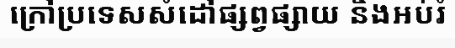
ក្រៅប្រទេសសំដៅផ្សព្វផ្សាយ និងអប់រំ